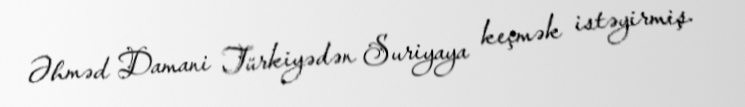
Əhməd Damani Türkiyədən Suriyaya keçmək istəyirmiş.